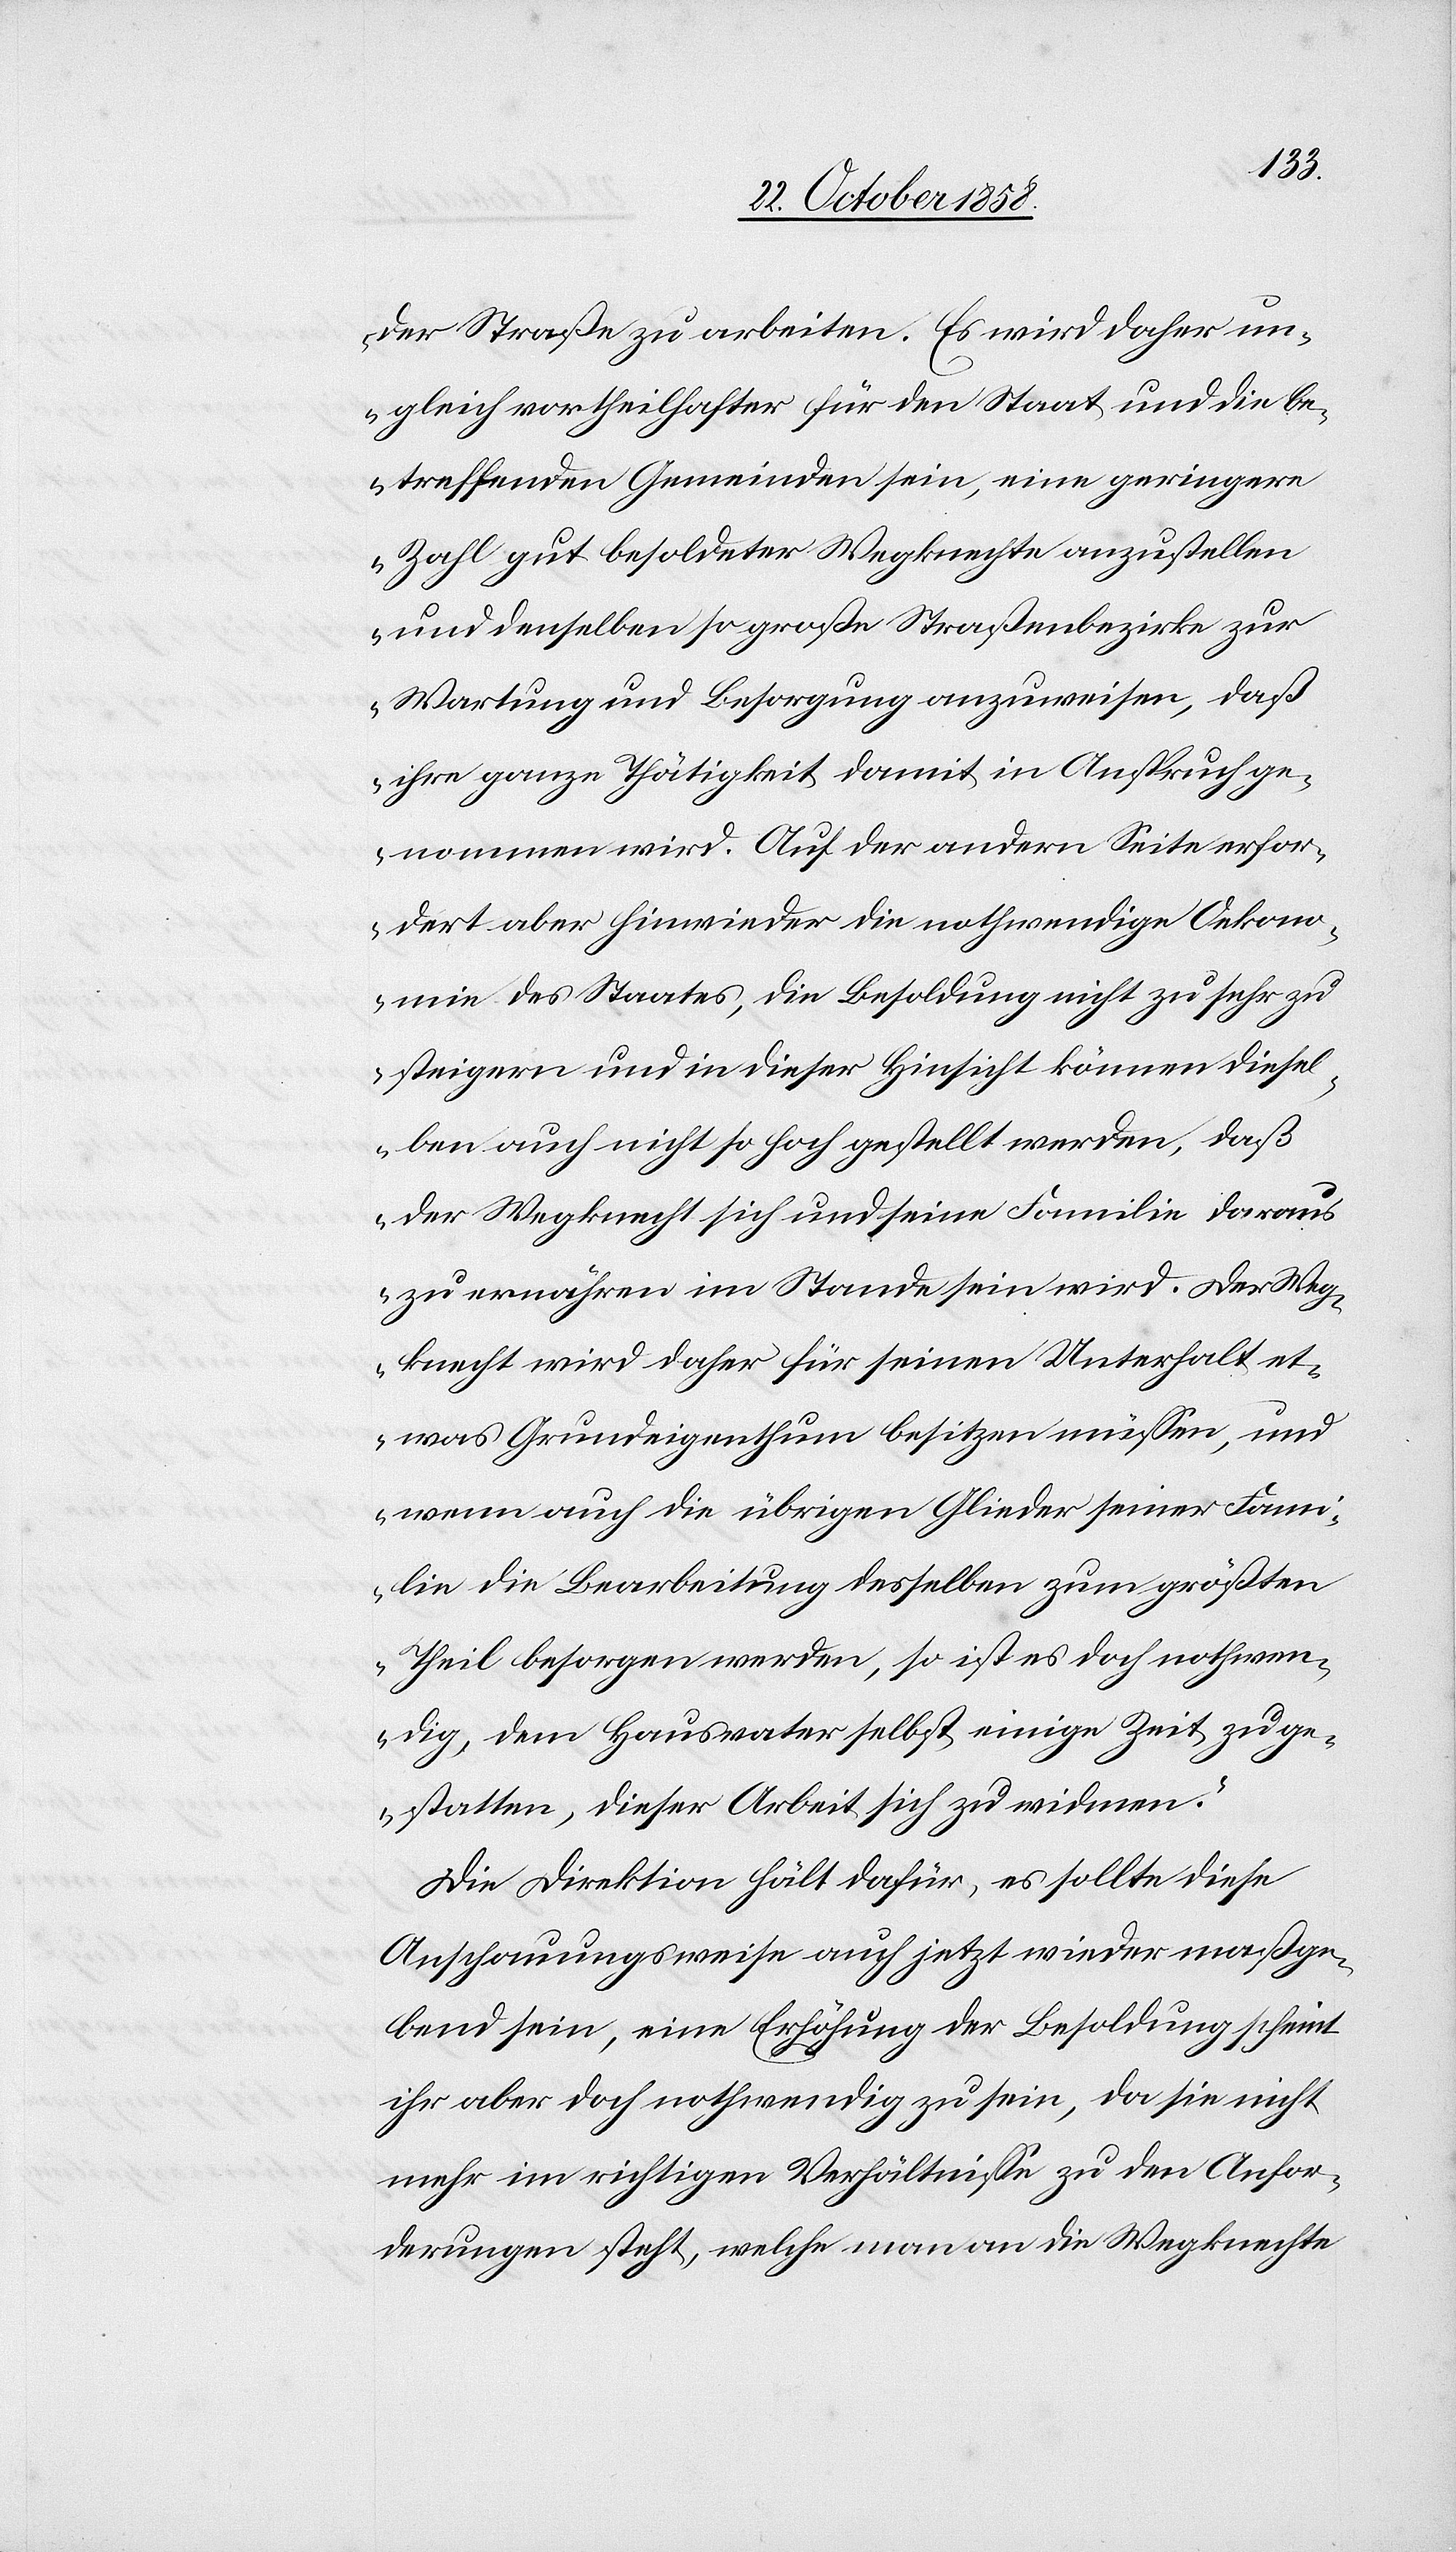
der Straße zu arbeiten. Es wird daher un¬
gleich vortheilhafter für den Staat und die be¬
treffenden Gemeinden sein, eine geringere
Zahl gut besoldeter Wegknechte anzustellen
und denselben so große Straßenbezirke zur
Wartung und Besorgung anzuweisen, daß
ihre ganze Thätigkeit damit in Anspruch ge¬
nommen wird. Auf der andern Seite erfor¬
dert aber hinwieder die nothwendige Oekono¬
mie des Staates, die Besoldung nicht zu sehr zu
steigern und in dieser Hinsicht können diesel¬
ben auch nicht so hoch gestellt werden, daß
der Wegknecht sich und seine Familie daraus
zu ernähren im Stande sein wird. Der Weg¬
knecht wird daher für seinen Unterhalt et¬
was Grundeigenthum besitzen müssen, und
wenn auch die übrigen Glieder seiner Fami¬
lie die Bearbeitung desselben zum größten
Theil besorgen werden, so ist es doch nothwen¬
dig, dem Hausvater selbst einige Zeit zu ge¬
statten, dieser Arbeit sich zu widmen.“
Die Direktion hält dafür, es sollte diese
Anschauungsweise auch jetzt wieder maßge¬
bend sein, eine Erhöhung der Besoldung scheint
ihr aber doch nothwendig zu sein, da sie nicht
mehr im richtigen Verhältnisse zu den Anfor¬
derungen steht, welche man an die Wegknechte